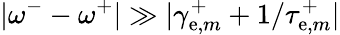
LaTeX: |\omega^{-}-\omega^{+}|\gg|\gamma_{\mathrm{e},m}^{+}+1/\tau_{\mathrm{e},m}^{+}|